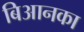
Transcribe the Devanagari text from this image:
बिआनका